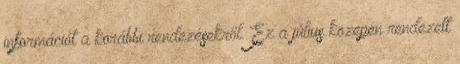
információt a korábbi rendezésekről. Ez a július közepén rendezett